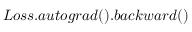
L o s s . a u t o g r a d ( ) . b a c k w a r d ( )